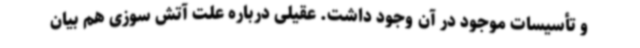
و تأسیسات موجود در آن وجود داشت. عقیلی درباره علت آتش سوزی هم بیان